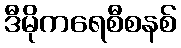
ဒီမိုကရေစီစနစ်